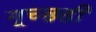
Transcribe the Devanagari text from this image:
गूच्छही